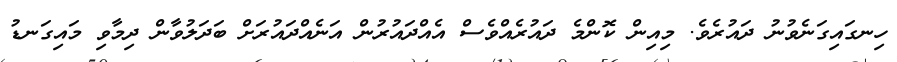
ހިނގައިގަނެވުނު ދައުރެވެ. މިއިން ކޮންމެ ދައުރެއްވެސް އެއްދައުރުން އަނެއްދައުރަށް ބަދަލުވާން ދިމާވި މައިގަނޑު